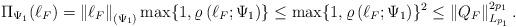
LaTeX: \begin{align*}\Pi_{\Psi_1}(\ell_F) = \left\|\ell_F\right\|_{(\Psi_1)} \max\{1, \varrho\left(\ell_F; \Psi_1\right)\} \le \max\{1, \varrho\left(\ell_F; \Psi_1\right)\}^2 \le\left\|Q_F\right\|_{L_{p_1}}^{2p_1}. \end{align*}